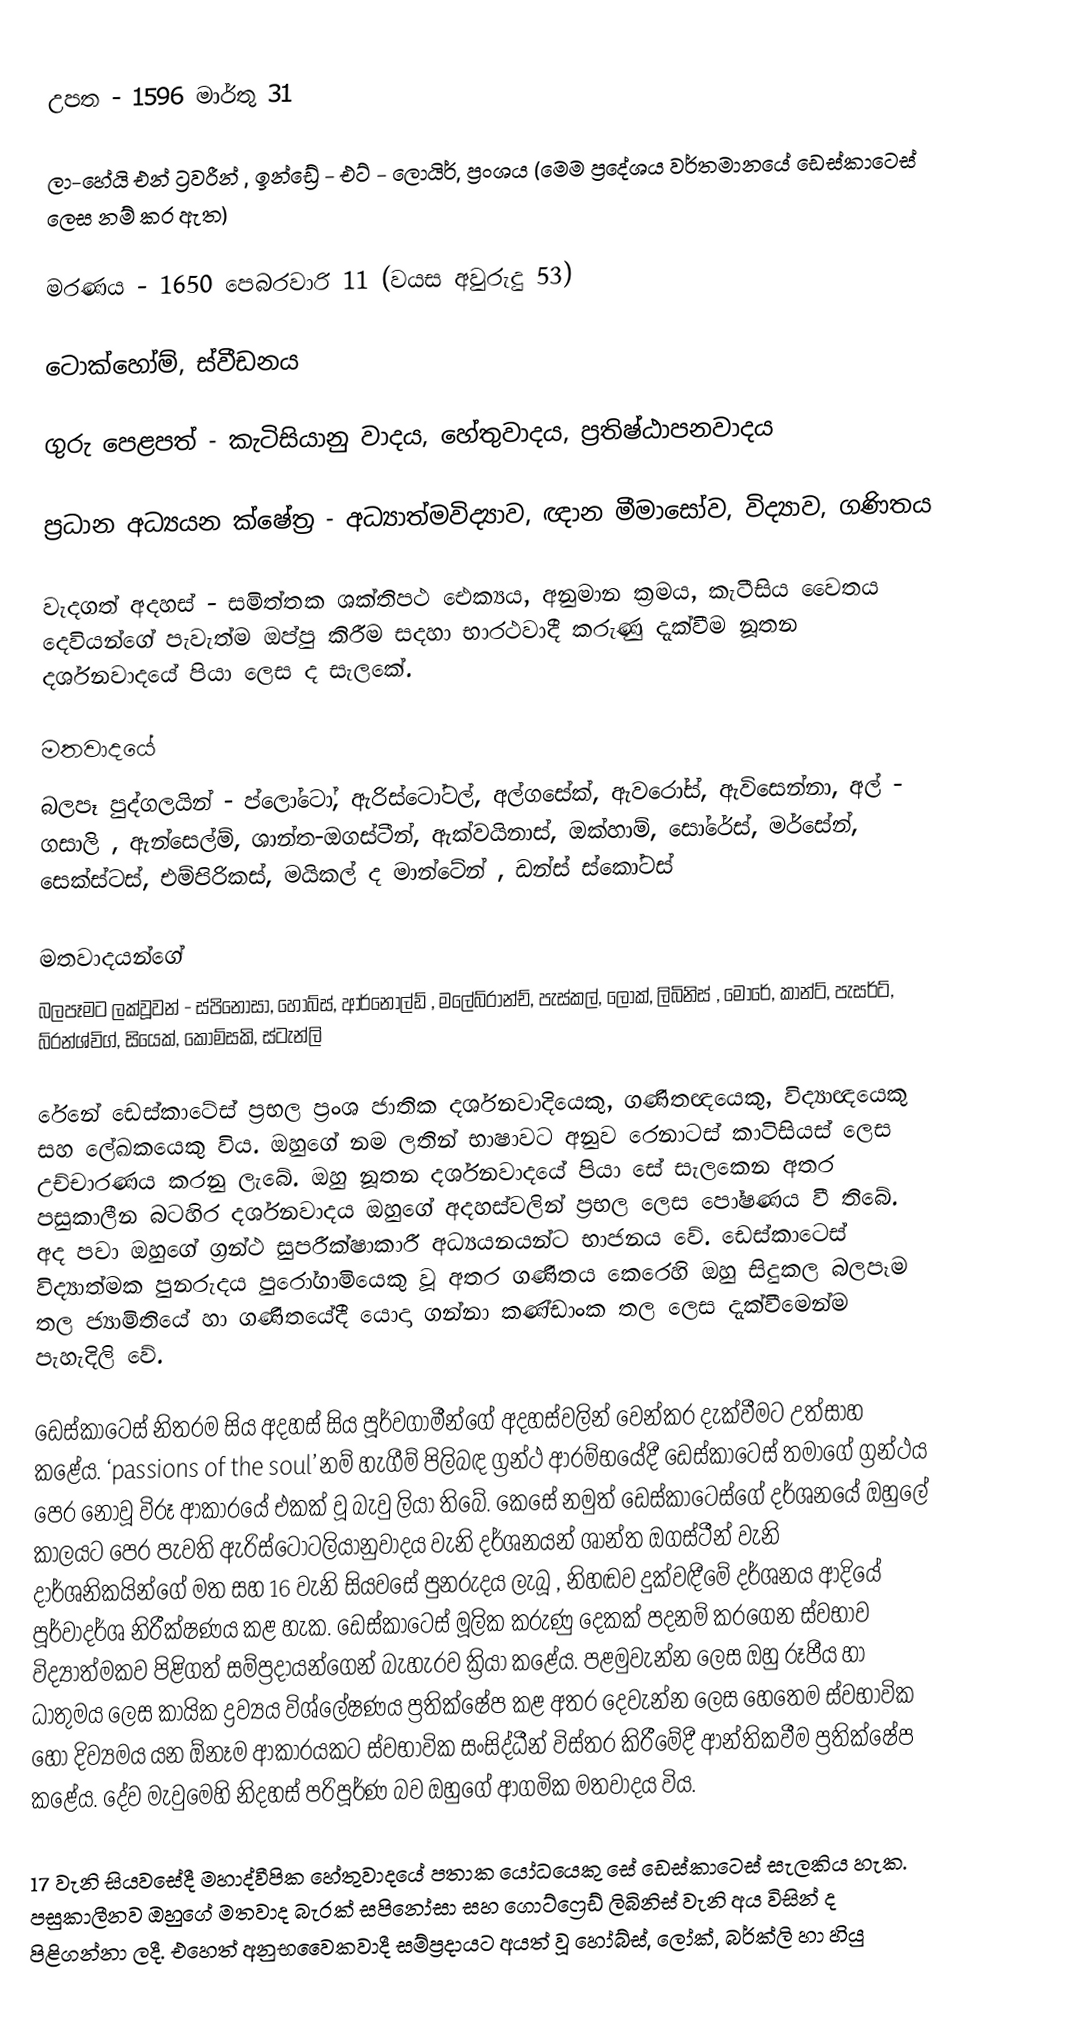
උපත - 				1596 මාර්තු 31

ලා-හේයි එන් ට්‍රවරීන් , ඉන්ඩ්‍රේ - එට් - ලොයිර්, ප්‍රංශය (මෙම ප්‍රදේශය වර්තමානයේ ඩෙස්කාටෙස් ලෙස නම් කර ඇත)

මරණය -  			1650 පෙබරවාරි 11 (වයස අවුරුදු 53)

ටොක්හෝම්, ස්වීඩනය

ගුරු පෙළපත් - 			කැටිසියානු වාදය, හේතුවාදය, ප්‍රතිෂ්ඨාපනවාදය

ප්‍රධාන අධ්‍යයන ක්ෂේත්‍ර - 	අධ්‍යාත්මවිද්‍යාව, ඥාන මීමාසෝව, විද්‍යාව, ගණිතය

වැදගත් අදහස් - 	සමිත්තක ශක්තිපථ ඓක්‍යය, අනුමාන ක්‍රමය, කැටීසිය වෛතය දෙවියන්ගේ පැවැත්ම ඔප්පු කිරීම සදහා භාරථවාදී කරුණු දැක්වීම නූතන දර්ශනවාදයේ පියා ලෙස ද සැලකේ.

මතවාදයේ
බලපෑ පුද්ගලයින් - 	ප්ලෝටෝ, ඇරිස්ටෝටල්, අල්ගසේක්, ඇවරෝස්, ඇවිසෙන්නා, අල් - ගසාලි , ඇන්සෙල්ම්, ශාන්ත-ඔගස්ටීන්, ඇක්වයිනාස්, ඔක්හාම්, සෝරේස්, මර්සේන්, සෙක්ස්ටස්, එම්පිරිකස්, මයිකල් ද  මාන්ටේන් , ඩන්ස් ස්කෝටස්

මතවාදයන්ගේ
බලපෑමට ලක්වූවන් -	ස්පිනෝසා, හෝබ්ස්, ආර්නොල්ඩ් , මලේබ්රාන්ච්, පැස්කල්, ලොක්, ලිබිනිස් , මෝරේ, කාන්ට්, පැසර්ට්, බ්රන්ශ්විග්, සියෙක්, කොම්සකි, ස්ටැන්ලි

රේනේ ඩෙස්කාටේස් ප්‍රභල ප්‍රංශ ජාතික දර්ශනවාදියෙකු, ගණිතඥයෙකු, විද්‍යාඥයෙකු සහ ලේඛකයෙකු විය. ඔහුගේ නම ලතින් භාෂාවට අනුව රෙනාටස් කාටිසියස් ලෙස උච්චාරණය කරනු ලැබේ. ඔහු නූතන දර්ශනවාදයේ පියා සේ සැලකෙන අතර පසුකාලීන බටහිර දර්ශනවාදය ඔහුගේ අදහස්වලින් ප්‍රභල ලෙස පෝෂණය වී තිබේ. අද පවා ඔහුගේ ග්‍රන්ථ සුපරීක්ෂාකාරී අධ්‍යයනයන්ට භාජනය වේ. ඩෙස්කාටෙස් විද්‍යාත්මක පුනරුදය පුරෝගාමියෙකු වූ අතර ගණිතය කෙරෙහි ඔහු සිදුකල බලපෑම තල ජ්‍යාමිතියේ හා ගණිතයේදී යොදා ගන්නා කණ්ඩාංක තල ලෙස දැක්වීමෙන්ම පැහැදිලි වේ.

ඩෙස්කාටෙස් නිතරම සිය අදහස් සිය පූර්වගාමීන්ගේ අදහස්වලින් වෙන්කර දැක්වීමට උත්සාහ කළේය. ‘passions of the soul’ නම් හැගීම් පිලිබඳ ග්‍රන්ථ ආරම්භයේදී ඩෙස්කාටෙස්  තමාගේ ග්‍රන්ථය පෙර නොවූ විරූ ආකාරයේ එකක් වූ බැවු ලියා තිබේ. කෙසේ නමුත් ඩෙස්කාටෙස්ගේ දර්ශනයේ ඔහුලේ කාලයට පෙර පැවති ඇරිස්ටෝටලියානුවාදය වැනි දර්ශනයන් ශාන්ත ඔගස්ටීන් වැනි දාර්ශනිකයින්ගේ මත සහ 16 වැනි සියවසේ පුනරුදය ලැබූ , නිහඬව දුක්වඳීමේ දර්ශනය ආදියේ පූර්වාදර්ශ නිරීක්ෂණය කළ හැක‍. ඩෙස්කාටෙස් මූලික කරුණු දෙකක් පදනම් කරගෙන ස්වභාව විද්‍යාත්මකව පිළිගත් සම්ප්‍රදායන්ගෙන් බැහැරව ක්‍රියා කළේය. පළමුවැන්න ලෙස ඔහු රූපීය හා ධාතුමය ලෙස කායික ද්‍රව්‍යය විශ්ලේෂණය ප්‍රතික්ෂේප කළ අතර දෙවැන්න ලෙස හෙතෙම ස්වභාවික හෝ දිව්‍යමය යන ඕනෑම ආක‍ාරයකට ස්වභාවික සංසිද්ධීන් විස්තර කිරීමේදී ආන්තිකවීම ප්‍රතික්ෂේප කළේය.  දේව මැවුමෙහි නිදහස් පරිපූර්ණ බව ඔහුගේ ආගමික මතවාදය විය.

17 වැනි සියවසේදී මහාද්වීපික හේතුවාදයේ පතාක යෝධයෙකු සේ ඩෙස්කාටෙස් සැලකිය හැක. පසුකාලීනව ඔහුගේ මතවාද බැරක් සපිනෝසා සහ ගොට්ෆ්‍රෙඩ් ලිබිනිස් වැනි අය විසින් ද පිළිගන්නා ලදී. එහෙත් අනුභවෛකවාදී සම්ප්‍රදායට අයත් වූ හෝබ්ස්, ලෝක්, බර්ක්ලි හා හියු